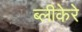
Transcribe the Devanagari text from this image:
ब्लीकेरे